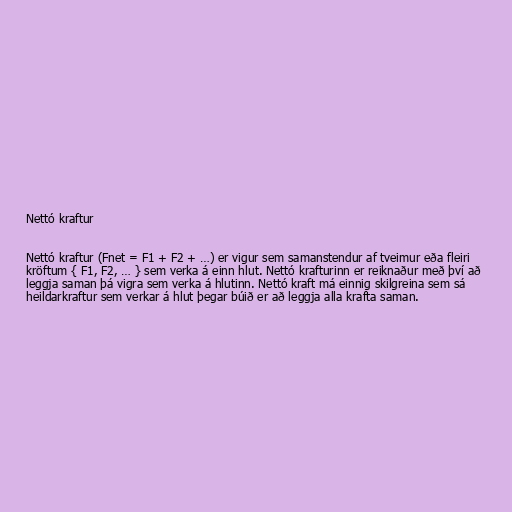
Nettó kraftur

Nettó kraftur (Fnet = F1 + F2 + …) er vigur sem samanstendur af tveimur eða fleiri
kröftum { F1, F2, … } sem verka á einn hlut. Nettó krafturinn er reiknaður með því að
leggja saman þá vigra sem verka á hlutinn. Nettó kraft má einnig skilgreina sem sá
heildarkraftur sem verkar á hlut þegar búið er að leggja alla krafta saman.